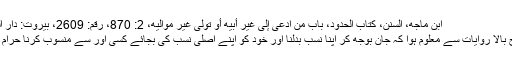
ابن ماجه، السنن، كتاب الحدود، باب من ادعى إلى غير أبيه أو تولى غير مواليه، 2: 870، رقم: 2609، بيروت: دار الفكر
درج بالا روایات سے معلوم ہوا کہ جان بوجھ کر اپنا نسب بدلنا اور خود کو اپنے اصلی نسب کی بجائے کسی اور سے منسوب کرنا حرام ہے۔